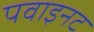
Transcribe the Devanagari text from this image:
पवाइनट